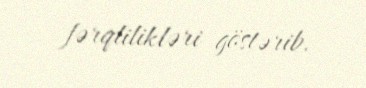
fərqlilikləri göstərib.